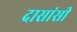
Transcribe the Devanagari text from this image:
दासांसी